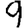
Digit: 9